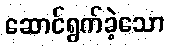
ဆောင်ရွက်ခဲ့သော